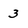
Character: 3